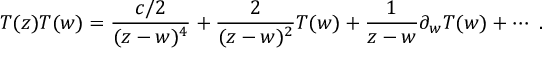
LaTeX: T ( z ) T ( w ) = \frac { { c } / { 2 } } { ( z - w ) ^ { 4 } } + \frac { 2 } { ( z - w ) ^ { 2 } } T ( w ) + \frac { 1 } { z - w } \partial _ { w } T ( w ) + \cdots ~ .